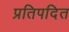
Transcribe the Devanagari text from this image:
प्रतिपदित